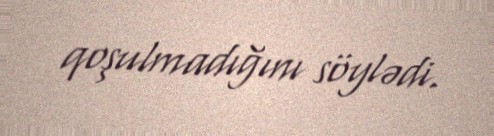
qoşulmadığını söylədi.